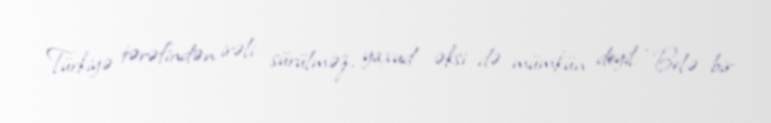
Türkiyə tərəfindən irəli sürülməz, yaxud əksi də mümkün deyil: “Belə bir